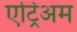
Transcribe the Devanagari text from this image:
एट्रिअम